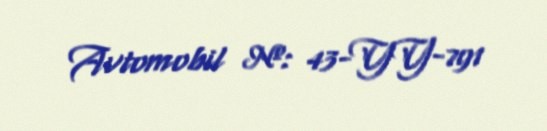
Avtomobil №: 43-YY-791